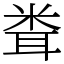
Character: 𥹢